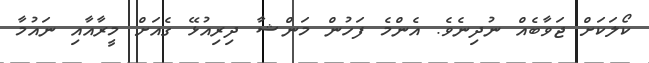
ކޯލަކަށް ޖަވާބެއް ނުދިނެވެ. އެންމެ ފަހުން މަންޝާ ދިރިއުޅޭ ގެއަށް މީރާއާއި ނައުމާ